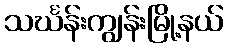
သင်္ဃန်းကျွန်းမြို့နယ်